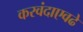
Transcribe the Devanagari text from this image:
करवंदाएवढे